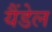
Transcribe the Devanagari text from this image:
यैंडेल